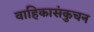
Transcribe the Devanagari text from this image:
वाहिकासंकुचन